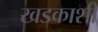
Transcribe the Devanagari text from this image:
खडकाशी